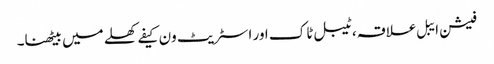
فیشن ایبل علاقہ، ٹیبل ٹاک اور اسٹریٹ ون کیفے کھلے میں بیٹھنا۔